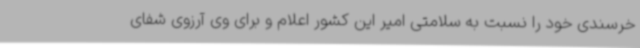
خرسندی خود را نسبت به سلامتی امیر این کشور اعلام و برای وی آرزوی شفای